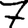
Digit: 7